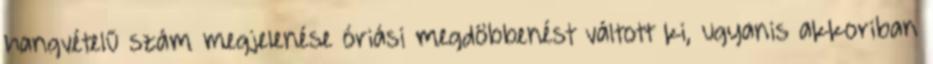
hangvételű szám megjelenése óriási megdöbbenést váltott ki, ugyanis akkoriban